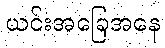
ယင်းအခြေအနေ